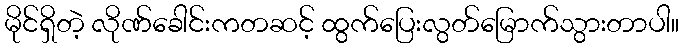
မိုင်ရှိတဲ့ လိုဏ်ခေါင်းကတဆင့် ထွက်ပြေးလွတ်မြောက်သွားတာပါ။